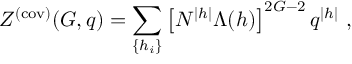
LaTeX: Z ^ { ( \mathrm { c o v ) } } ( G , q ) = \sum _ { \{ h _ { i } \} } \left[ N ^ { | h | } \Lambda ( h ) \right] ^ { 2 G - 2 } q ^ { | h | } ~ ,